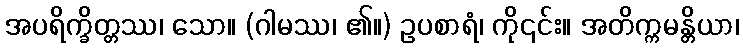
အပရိက္ခိတ္တဿ၊ သော။ (ဂါမဿ၊ ၏။) ဥပစာရံ၊ ကို၎င်း။ အတိက္ကမန္တိယာ၊